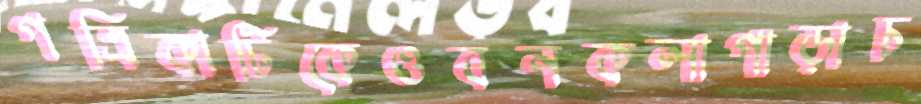
পত্রিকাটিকেওবনকলাপাড়াচ